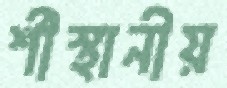
র্শীস্থানীয়